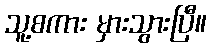
သူ့စကား မှားသွားပြီ။